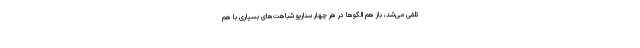
تلقی می‌شد، باز هم الگوها در هر چهار سناریو شباهت‌های بسیاری با هم